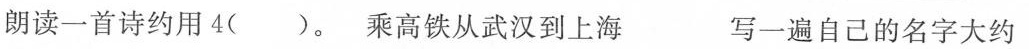
朗读一首诗约用4()。乘高铁从武汉到上海 写一遍自己的名字大约